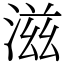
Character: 滋